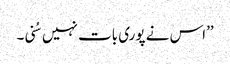
’’اس نے پوری بات نہیں سُنی۔